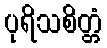
ပုရိသစိတ္တံ